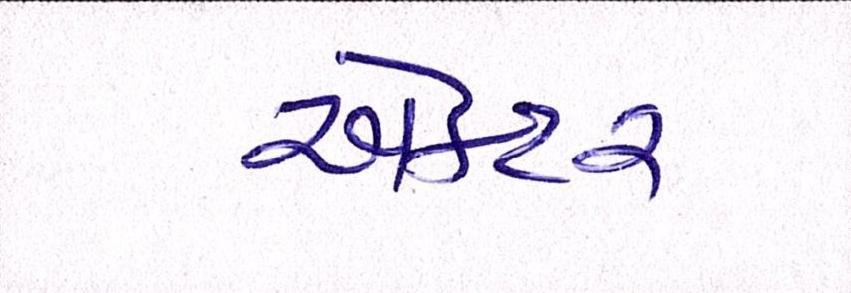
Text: ઍક્ટર